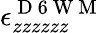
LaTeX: \epsilon_{zzzzzz}^{\mathrm{~D~6~W~M~}}